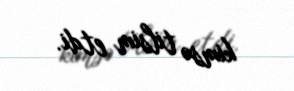
kimsə tilsim etdi.